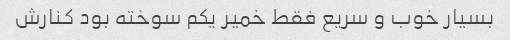
بسیار خوب و سریع فقط خمیر یکم سوخته بود کنارش